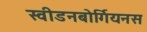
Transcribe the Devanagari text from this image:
स्वीडनबोर्गियनस